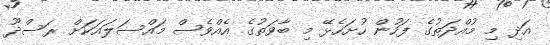
އަދި މި މުއްދަތުގެ ފަހުން ހުށަހެޅޭ މި ބާވަތުގެ އެއްވެސް މައްސަލައަކަށް ރަސްދޫ